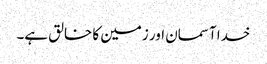
خدا آسمان اور زمین کا خالق ہے۔